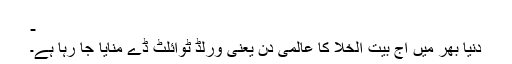
-
دنیا بھر میں آج بیت الخلا کا عالمی دن یعنی ورلڈ ٹوائلٹ ڈے منایا جا رہا ہے۔